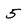
Character: 5